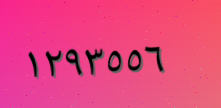
١٢٩٣٥٥٦